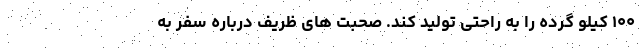
۱۰۰ کیلو گرده را به راحتی تولید کند. صحبت های ظریف درباره سفر به